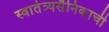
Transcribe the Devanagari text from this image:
स्वातंत्र्यसैनिकाची